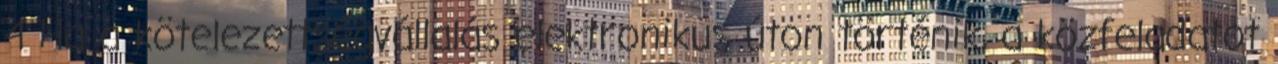
4 Ha a kötelezettségvállalás elektronikus úton történik, a közfeladatot